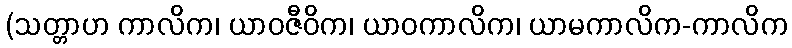
(သတ္တာဟ ကာလိက၊ ယာဝဇီဝိက၊ ယာဝကာလိက၊ ယာမကာလိက-ကာလိက